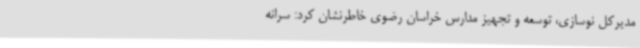
مدیرکل نوسازی، توسعه و تجهیز مدارس خراسان رضوی خاطرنشان کرد: سرانه